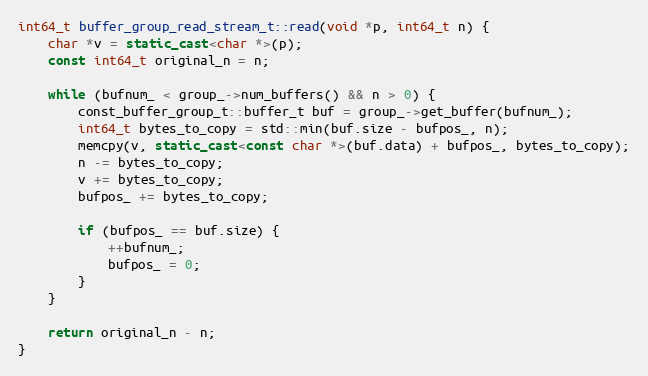
Language: C++
int64_t buffer_group_read_stream_t::read(void *p, int64_t n) {
    char *v = static_cast<char *>(p);
    const int64_t original_n = n;

    while (bufnum_ < group_->num_buffers() && n > 0) {
        const_buffer_group_t::buffer_t buf = group_->get_buffer(bufnum_);
        int64_t bytes_to_copy = std::min(buf.size - bufpos_, n);
        memcpy(v, static_cast<const char *>(buf.data) + bufpos_, bytes_to_copy);
        n -= bytes_to_copy;
        v += bytes_to_copy;
        bufpos_ += bytes_to_copy;

        if (bufpos_ == buf.size) {
            ++bufnum_;
            bufpos_ = 0;
        }
    }

    return original_n - n;
}